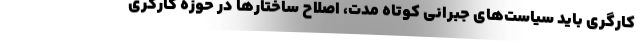
کارگری باید سیاست‌های جبرانی کوتاه مدت، اصلاح ساختارها در حوزه کارگری